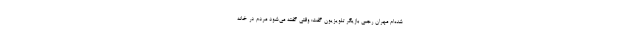
شده‌ام مهران رجبی بازیگر تلویزیون گفت: وقتی گفته می‌شود مردم در خانه